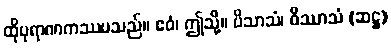
ထိုပုရာဏကဿပသည်။ ဧဝံ၊ ဤသို့။ ပိသာသံ၊ ဝိဿာသံ (ဆဋ္ဌ)